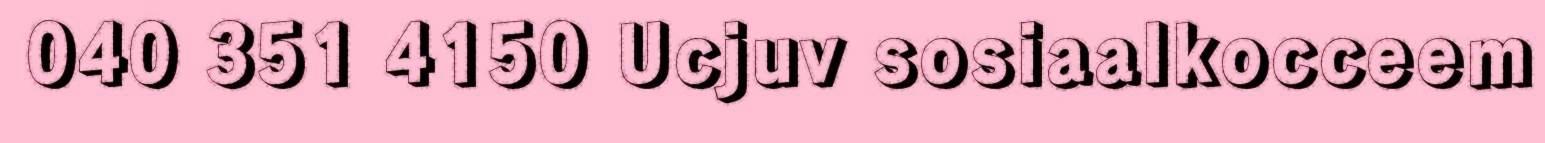
040 351 4150 Ucjuv sosiaalkocceem